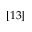
[ 1 3 ]